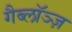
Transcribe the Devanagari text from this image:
गैब्लॉञ्ज़